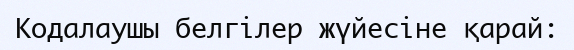
Кодалаушы белгілер жүйесіне қарай: